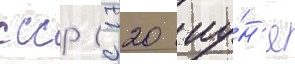
ссср (с 20 иу́н'я